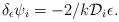
LaTeX: \begin{align*}\delta _\epsilon \psi _i =-2/k {\cal D}_i \epsilon . \end{align*}